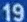
19